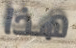
هذا